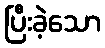
ပြီးခဲ့သော